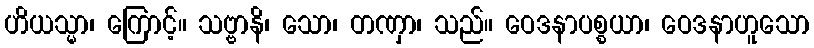
ဟိယသ္မာ၊ ကြောင့်။ သဗ္ဗာနိ၊ သော၊ တဏှာ၊ သည်။ ဝေဒနာပစ္စယာ၊ ဝေဒနာဟူသော